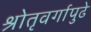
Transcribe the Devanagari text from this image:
श्रोतृवर्गापुढे